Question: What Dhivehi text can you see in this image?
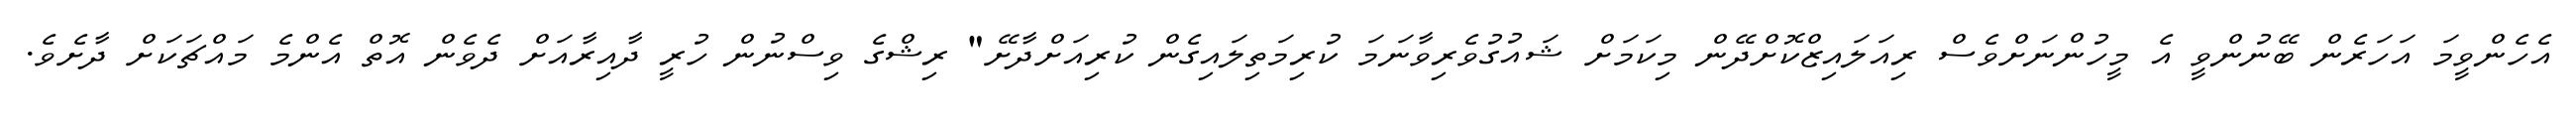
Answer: އެހެންވީމަ އަހަރެން ބޭނުންވީ އެ މީހުންނަށްވެސް ރިއަލައިޒްކޮށްދޭން މިކަމަށް ޝައުގުވެރިވާނަމަ ކުރިމަތިލައިގެން ކުރިއަށްދާށޭ" ރިޝްގެ ވިސްނުން ހުރީ ދާއިރާއަށް ދެވެން އޮތް އެންމެ މައްޗަކަށް ދާށެވެ.